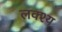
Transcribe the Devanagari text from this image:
लक्श्य